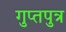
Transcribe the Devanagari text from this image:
गुप्तपुत्र